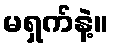
မရှက်နဲ့။